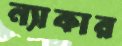
ন্যাকার